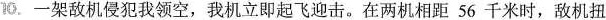
10.一架敌机侵犯我领空，我机立即起飞迎击。在两机相距56千米时，敌机扭